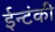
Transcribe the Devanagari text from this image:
ईन्टंकी